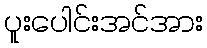
ပူးပေါင်းအင်အား